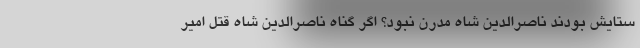
ستایش بودند ناصرالدین شاه مدرن نبود؟ اگر گناه ناصرالدین شاه قتل امیر